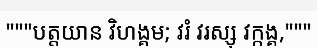
"""បត្តយាន វិហង្គម; វរំ វរស្សុ វក្កង្គ,"""